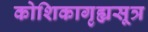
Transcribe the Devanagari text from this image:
कोशिकागृह्यसूत्र